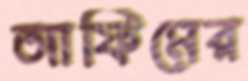
আফিমের